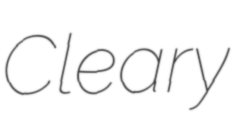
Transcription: Cleary